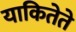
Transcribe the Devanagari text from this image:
याकितेते